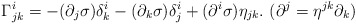
\begin{align*}\Gamma^i_{jk}=-(\partial_j\sigma)\delta^i_k-(\partial_k\sigma)\delta^i_j+(\partial^i\sigma)\eta_{jk}.~(\partial^j=\eta^{jk}\partial_k)\end{align*}